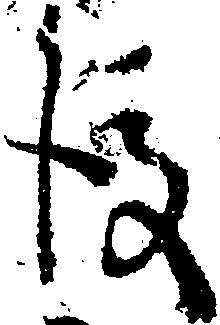
後